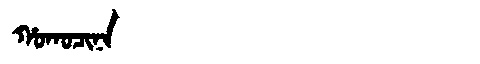
Manchu: ᡥᠣᡴᠣᠴᡳᠨᠠ
Romanization: HOKOCINA